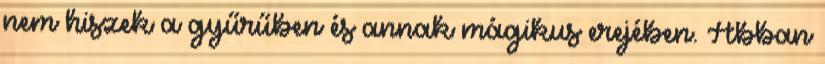
nem hiszek a gyűrűben és annak mágikus erejében. Abban